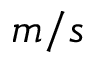
m / s